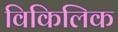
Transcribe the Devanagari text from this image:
विकिलिक